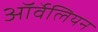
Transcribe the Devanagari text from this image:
ऑर्वेलियन